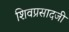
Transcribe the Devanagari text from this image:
शिवप्रसादजी